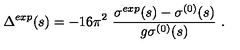
\Delta ^ { e x p } ( s ) = - 1 6 \pi ^ { 2 } \ \frac { \sigma ^ { e x p } ( s ) - \sigma ^ { ( 0 ) } ( s ) } { g \sigma ^ { ( 0 ) } ( s ) } \ .